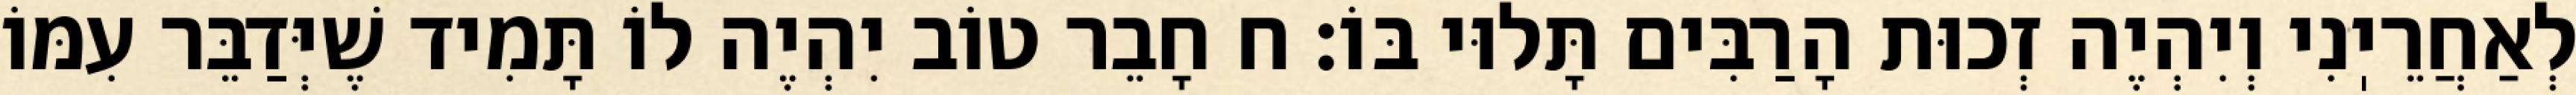
לְאַחֲרֵיֽנִי וְיִהְיֶה זְכוּת הָרַבִּים תָּלוּי בּוֹ: ח חָבֵר טוֹב יִהְיֶה לוֹ תָּמִיד שֶׁיְּדַבֵּר עִמּוֹ